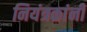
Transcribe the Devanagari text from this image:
नियंत्रकांनी